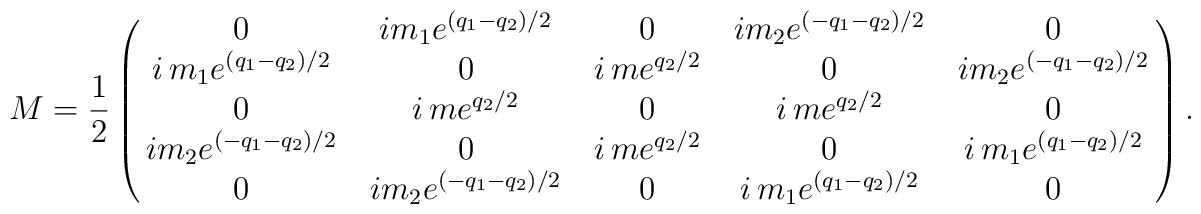
M={1\over2}\pmatrix{0 & im_1e^{(q_1-q_2)/2}&0& im_2e^{(-q_1-q_2)/2}&0\cr              i\,m_1e^{(q_1-q_2)/2} & 0 & i\,me^{q_2/2}&0   &im_2e^{(-q_1-q_2)/2}\cr      0& i\,me^{q_2/2}&0&i\,me^{q_2/2}&0\cr   im_2e^{(-q_1-q_2)/2} &0& i\,me^{q_2/2} & 0 &   i\,m_1e^{(q_1-q_2)/2}\cr               0 &im_2e^{(-q_1-q_2)/2}&0 &i\,m_1e^{(q_1-q_2)/2} &0}.